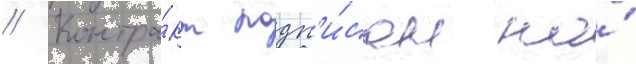
// Контра́кт подп'и́сан на́